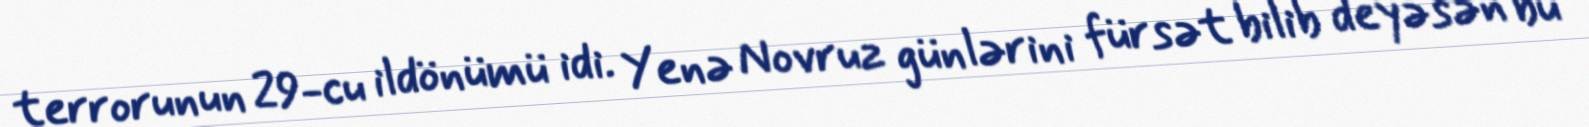
terrorunun 29-cu ildönümü idi. Yenə Novruz günlərini fürsət bilib deyəsən bu